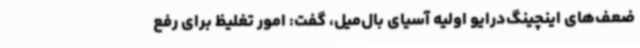
ضعف‌های اینچینگ‌درایو اولیه آسیای بال‌میل، گفت: امور تغلیظ برای رفع